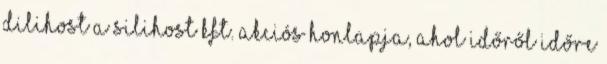
Dilihost a Silihost Kft. akciós honlapja, ahol időről időre